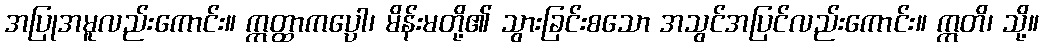
အပြုအမူလည်းကောင်း။ ဣတ္ထာကပ္ပော၊ မိန်းမတို့၏ သွားခြင်းစသော အသွင်အပြင်လည်းကောင်း။ ဣတိ၊ သို့။